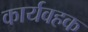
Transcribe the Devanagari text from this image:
कार्यवहक